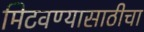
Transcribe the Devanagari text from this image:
मिटवण्यासाठीचा